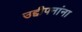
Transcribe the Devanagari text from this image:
उद्दीपनांना